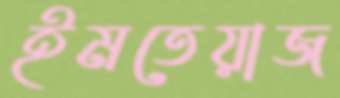
ইমতেয়াজ